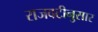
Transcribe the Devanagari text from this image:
राजवटीनुसार